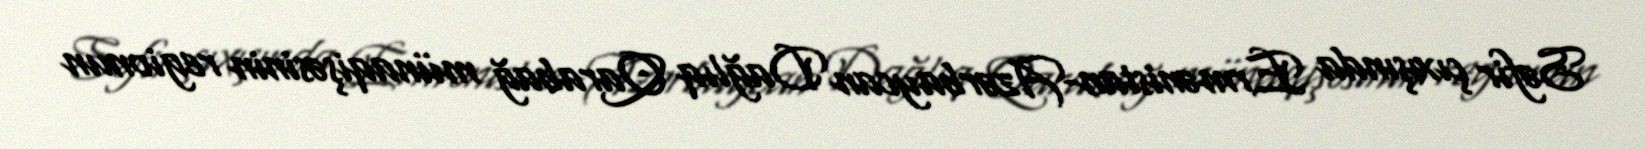
Səfir çıxışında Ermənistan-Azərbaycan Dağlıq Qarabağ münaqişəsinin regionun